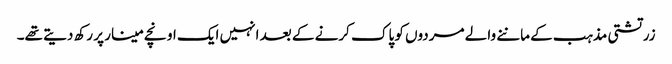
زرتشتی مذہب کے ماننے والے مردوں کو پاک کرنے کے بعد انہیں ایک اونچے مینار پر رکھ دیتے تھے۔